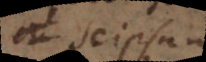
se ipsam